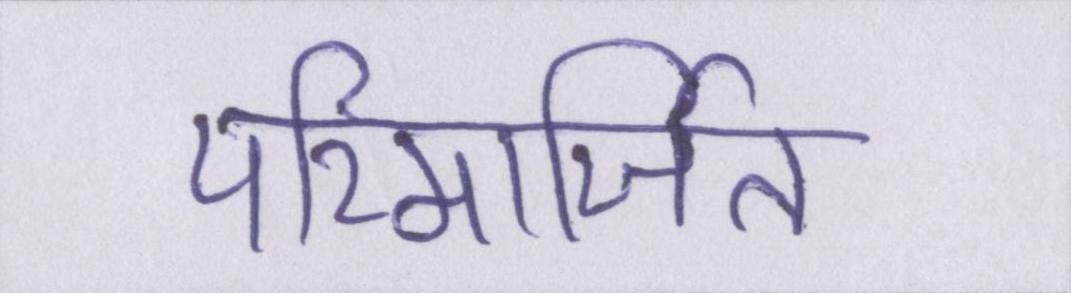
परिमार्जित